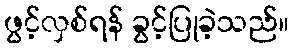
ဖွင့်လှစ်ရန် ခွင့်ပြုခဲ့သည်။